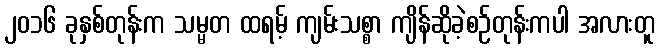
၂၀၁၆ ခုနှစ်တုန်းက သမ္မတ ထရမ့် ကျမ်းသစ္စာ ကျိန်ဆိုခဲ့စဉ်တုန်းကပါ အလားတူ